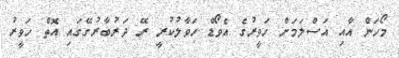
މޯހަން އާއި އަސްލަމަށް ހަވީރުގެ އެވޯޑް ހަވާލުކުރީ ރޭ ދަރުބާރުގޭގައި އޮތް ހަވީރު